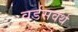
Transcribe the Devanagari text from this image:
वर्डसवर्थ